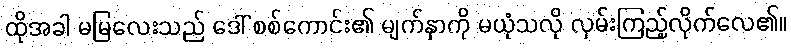
ထိုအခါ မမြလေးသည် ဒေါ် စစ်ကောင်း၏ မျက်နှာကို မယုံသလို လှမ်းကြည့်လိုက်လေ၏။